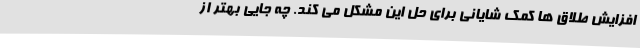
افزایش طلاق ها کمک شایانی برای حل این مشکل می کند. چه جایی بهتر از